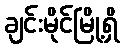
ချင်းမိုင်မြို့ရှိ